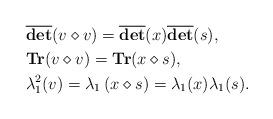
LaTeX: \begin{align*}\begin{aligned}&\overline{\textbf{det}}(v \diamond v)=\overline{\textbf{det}}(x)\overline{\textbf{det}}(s), \\ &\textbf{Tr}(v \diamond v)=\textbf{Tr}(x \diamond s), \\ &\lambda^2_1(v)=\lambda_1\left(x \diamond s\right)=\lambda_1(x)\lambda_1(s).\end{aligned}\end{align*}